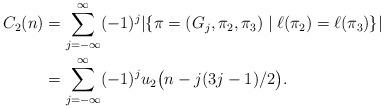
LaTeX: \begin{align*} C_2(n) & =\sum_{j=-\infty}^\infty (-1)^j|\{\pi=(G_j, \pi_2, \pi_3) \mid \ell(\pi_2)=\ell(\pi_3)\}|\\ & = \sum_{j=-\infty}^\infty (-1)^j u_2\big(n-j(3j-1)/2\big).\end{align*}